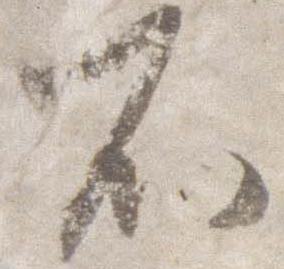
不